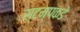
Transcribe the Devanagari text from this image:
स्टम्पकडे